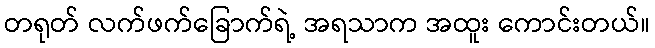
တရုတ် လက်ဖက်ခြောက်ရဲ့ အရသာက အထူး ကောင်းတယ်။